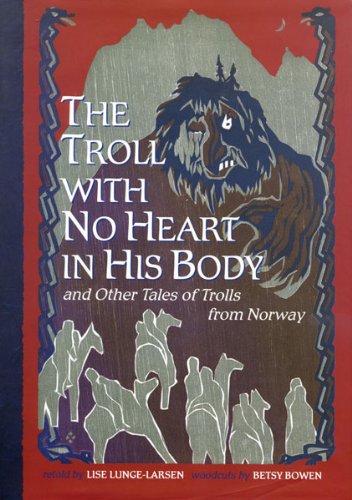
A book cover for The Troll With No Heart in His Body and Other Tales of Trolls from Norway; Children's Books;